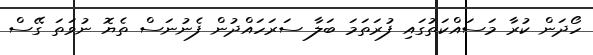
ހޯދަން ކުރާ މަސައްކަތުގައި ފުރަތަމަ ބަލާ ސަރަހައްދުން ފެނުނަސް ތެޔޮ ނުވަތަ ގޭސް